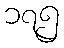
၁၇၅